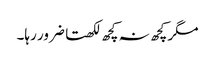
مگر کچھ نہ کچھ لکھتا ضرور رہا۔